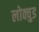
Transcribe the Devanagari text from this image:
लोक्वुड